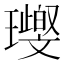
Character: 𤪨